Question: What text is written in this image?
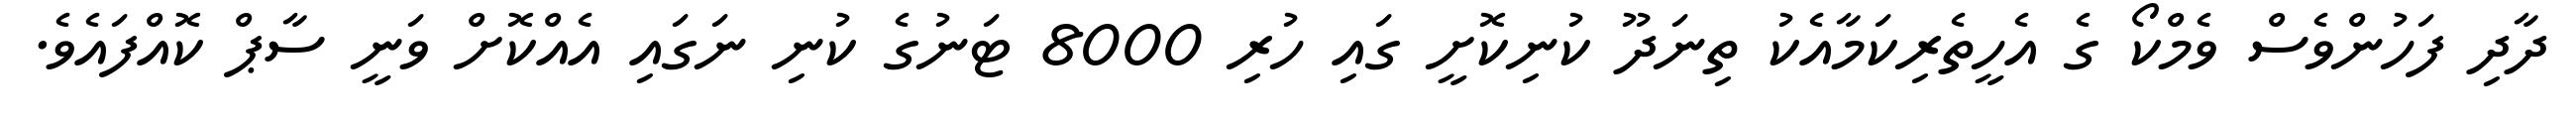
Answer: ދާދި ފަހުންވެސް ވެމްކޯ ގެ އެހީތެރިކަމާއެކު ތިނަދޫ ކުނިކޮށީ ގައި ހުރި 8000 ޓަނުގެ ކުނި ނަގައި އެއްކޮށް ވަނީ ސާޕް ކޮއްފައެވެ.